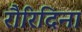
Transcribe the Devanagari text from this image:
रौरिदिना